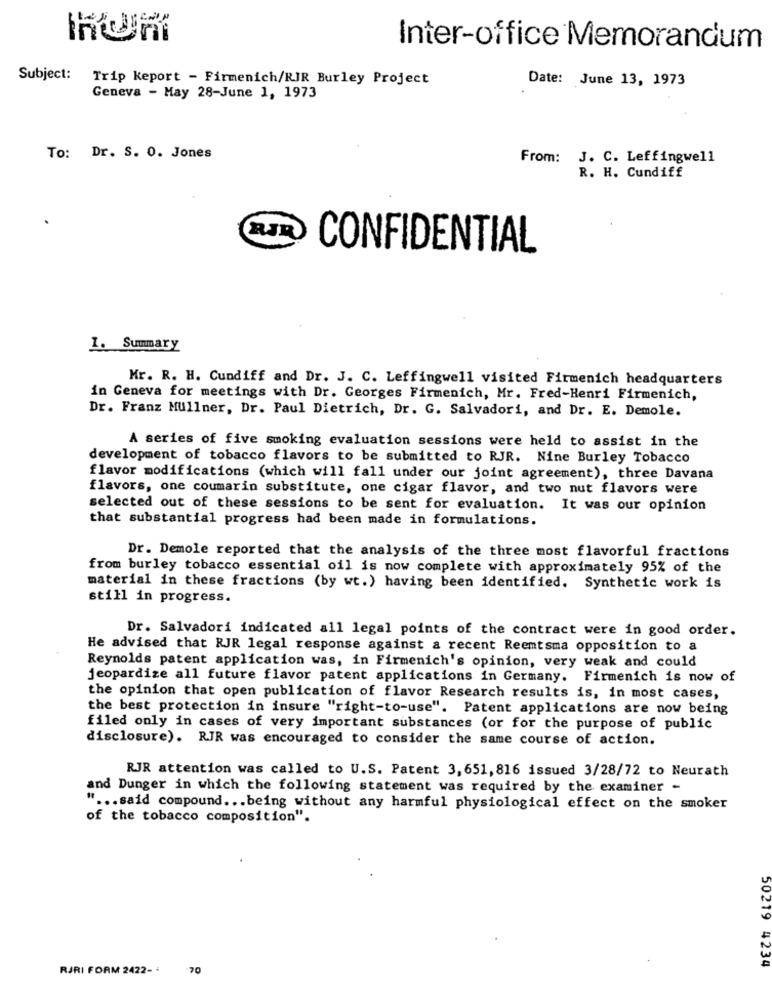
Inter-office Memorandum
Subject: Trip keport - Firmenich/RIR Burley Project
Date: June 13, 1973
Geneva - May 28-June 1, 1973
To: Dr. S. 0. Jones
From:
J. C. Leffingwell
R. H. Cundiff
RJR
CONFIDENTIAL
1. Summary
Mr. R. H. Cundiff and Dr. J. C. Leffingwell visited Firmenich headquarters
in Geneva for meetings with Dr. Georges Firmenich, Mr. Fred-Henri Firmenich,
Dr. Franz Mullner, Dr. Paul Dietrich, Dr. G. Salvadori, and Dr. E. Demole.
A series of five smoking evaluation sessions were held to assist in the
development of tobacco flavors to be submitted to RJR. Nine Burley Tobacco
flavor modifications (which will fall under our joint agreement), three Davana
flavors, one coumarin substitute, one cigar flavor, and two nut flavors were
selected out of these sessions to be sent for evaluation. It was our opinion
that substantial progress had been made in formulations.
Dr. Demole reported that the analysis of the three most flavorful fractions
from burley tobacco essential oil is now complete with approximately 95% of the
material in these fractions (by wt.) having been identified. Synthetic work is
still in progress.
Dr. Salvadori indicated all legal points of the contract were in good order.
He advised that RJR legal response against a recent Reemtsma opposition to a
Reynolds patent application was, in Firmenich's opinion, very weak and could
jeopardize all future flavor patent applications in Germany. Firmenich is now of
the opinion that open publication of flavor Research results is, in most cases,
the best protection in insure "right-to-use". Patent applications are now being
filed only in cases of very important substances (or for the purpose of public
disclosure). RJR was encouraged to consider the same course of action.
RJR attention was called to U.S. Patent 3, 651, 816 issued 3/28/72 to Neurath
and Dunger in which the following statement was required by the examiner -
" ... said compound ... being without any harmful physiological effect on the smoker
of the tobacco composition".
RJRI FORM 2422- 4
.70
50219 4234